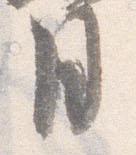
月